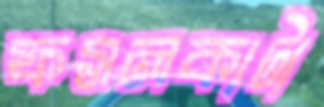
ফসলকাটা